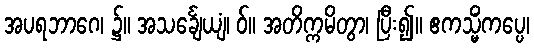
အပရဘာဂေ၊ ၌။ အသင်္ချေယျံ၊ ဝ်။ အတိက္ကမိတွာ၊ ပြီး၍။ ဧကသ္မိံကပ္ပေ၊